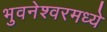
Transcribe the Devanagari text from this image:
भुवनेश्वरमध्ये